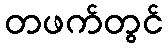
တဖက်တွင်